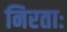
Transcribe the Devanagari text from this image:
निरताः